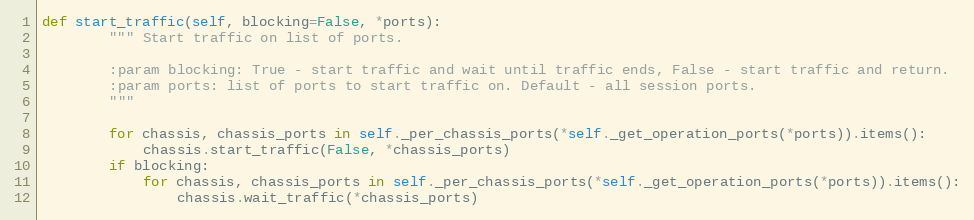
Language: Python
def start_traffic(self, blocking=False, *ports):
        """ Start traffic on list of ports.

        :param blocking: True - start traffic and wait until traffic ends, False - start traffic and return.
        :param ports: list of ports to start traffic on. Default - all session ports.
        """

        for chassis, chassis_ports in self._per_chassis_ports(*self._get_operation_ports(*ports)).items():
            chassis.start_traffic(False, *chassis_ports)
        if blocking:
            for chassis, chassis_ports in self._per_chassis_ports(*self._get_operation_ports(*ports)).items():
                chassis.wait_traffic(*chassis_ports)